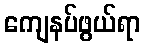
ကျေနပ်ဖွယ်ရာ